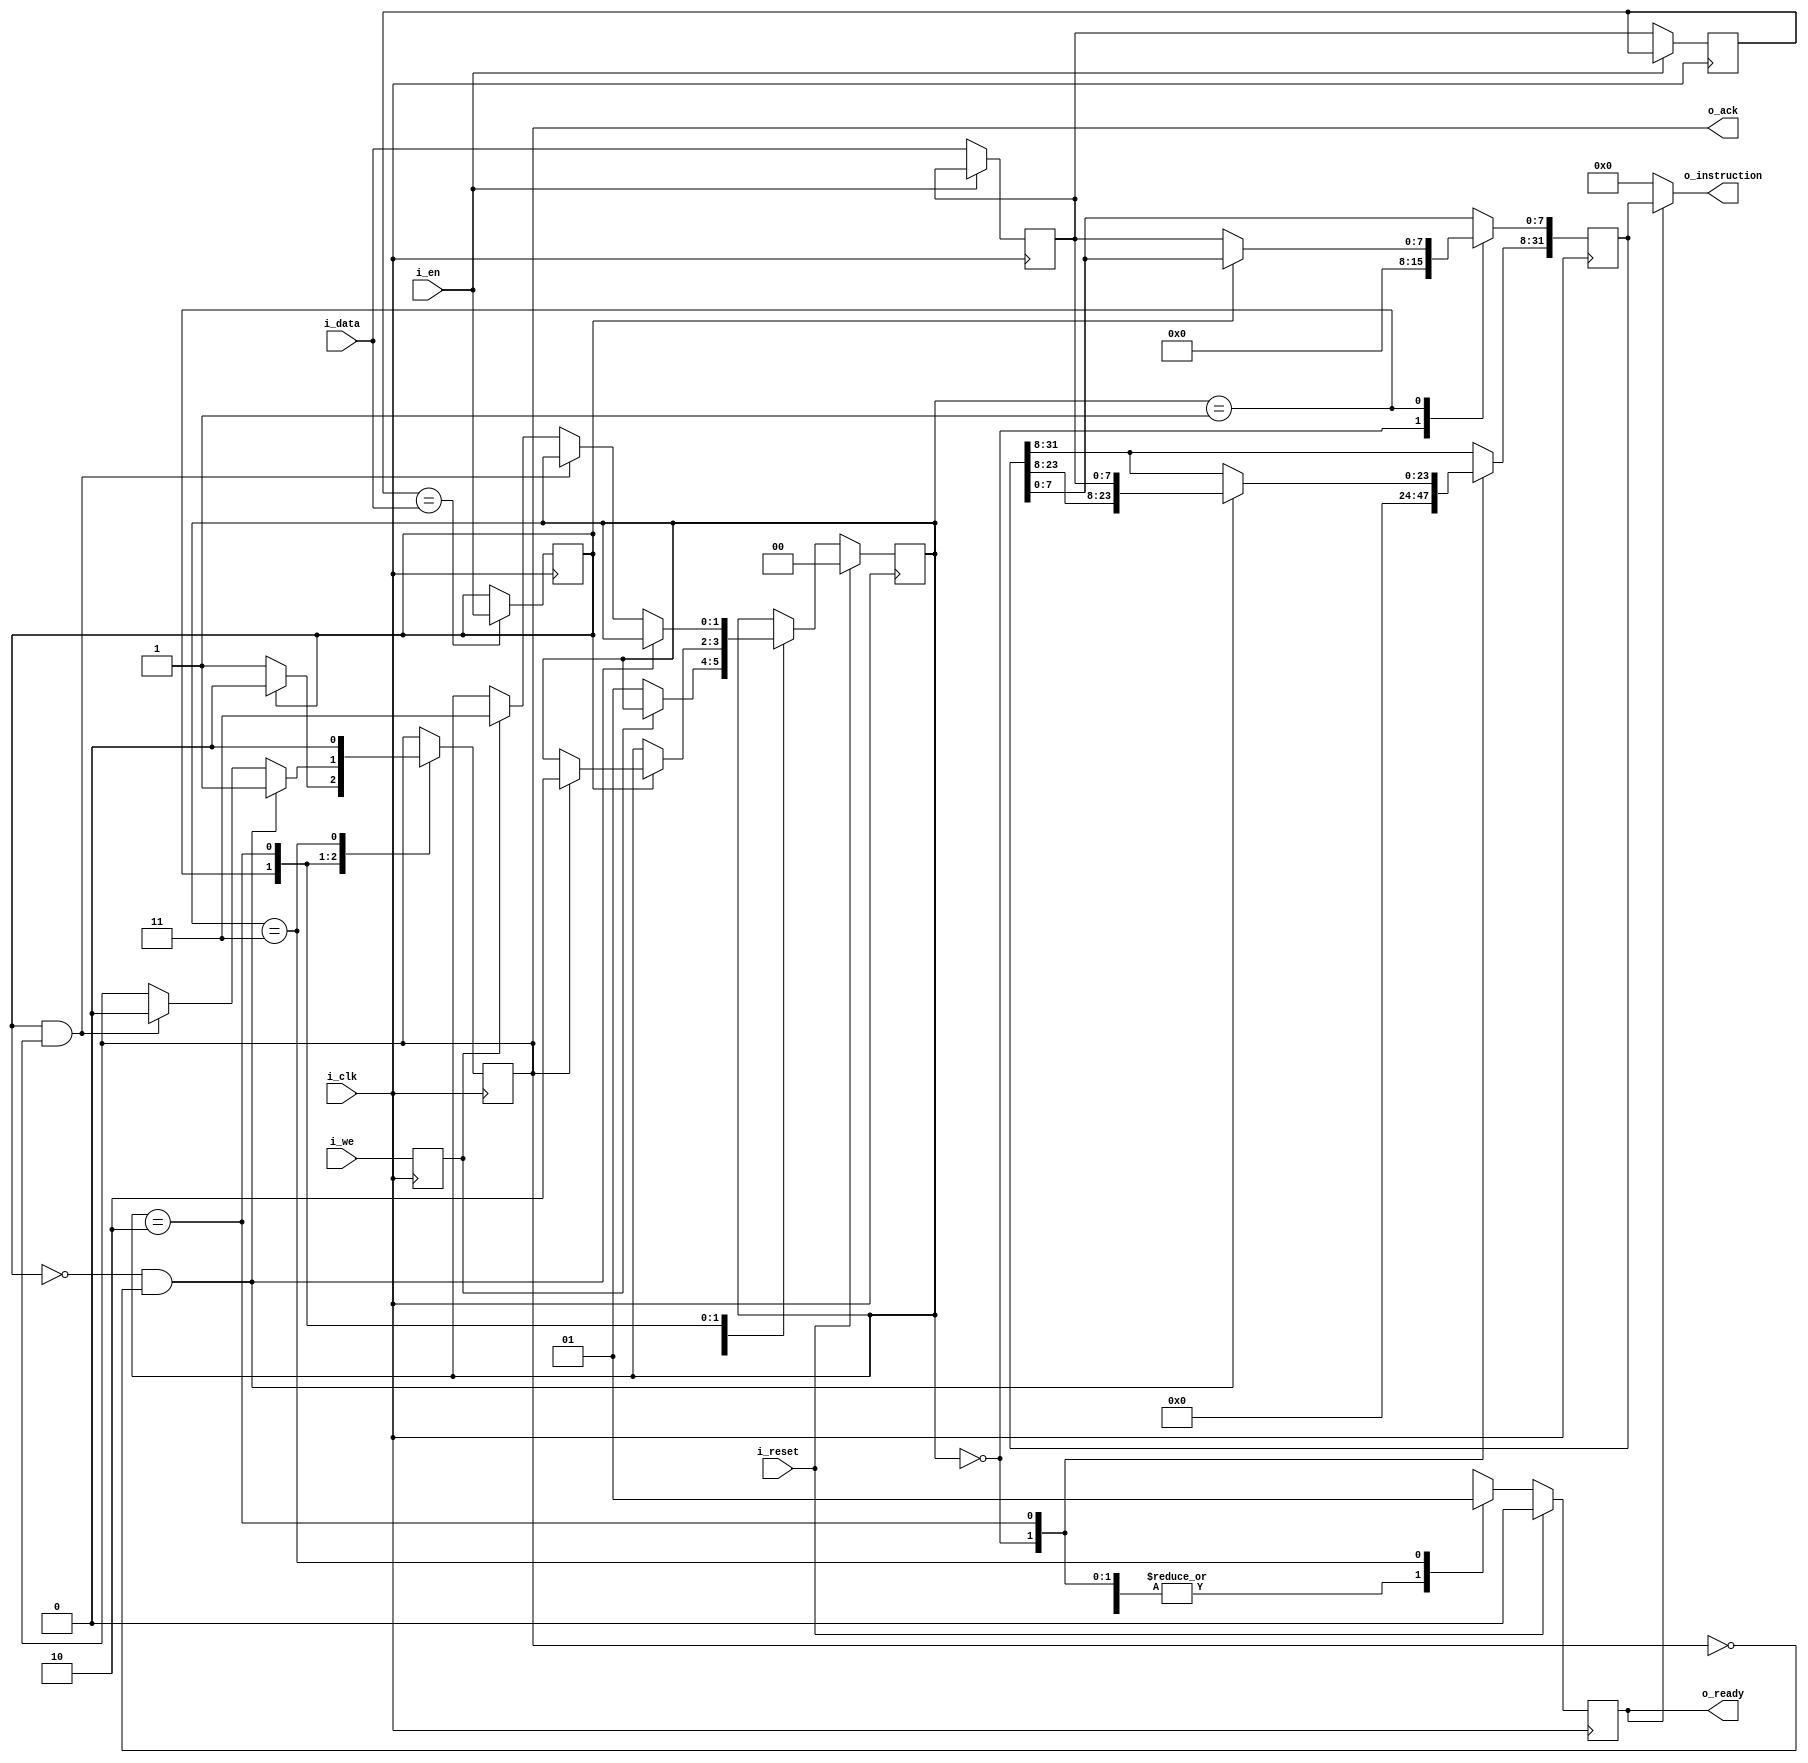
`default_nettype none

module instruction_buffer(i_clk, i_reset, i_we, i_en, i_data, o_ack, o_instruction, o_ready);
	input wire i_clk;
	input wire i_reset;
	input wire [7:0] i_data;
	input wire i_we;
	input wire i_en;
	output reg o_ack;
	output wire [31:0] o_instruction;
	output reg o_ready;

	reg [31:0] buf_instruction_data;

	assign o_instruction[31:0] = o_ready ? buf_instruction_data[31:0] : 32'h0;

	initial buf_instruction_data = 32'h0;
	initial o_ready = 0;

	reg [7:0] local_input;
	reg [7:0] local_prev_input;
	reg local_en;
	reg local_we;

	always @(posedge i_clk) begin
		local_we <= i_we;
		local_en <= (local_prev_input[7:0] == i_data[7:0]) ? i_en : local_en;
		if (!i_en) begin
			local_prev_input[7:0] <= local_input[7:0];
			local_input[7:0] <= i_data[7:0];
		end
	end

	reg [1:0] buf_state;
	localparam [1:0] WAITING = 2'h0,
		READING_INSTRUCTION = 2'h1,
		READING_ARGS = 2'h2,
		READY = 2'h3;
	initial buf_state = WAITING;

	always @(posedge i_clk) begin
		case (buf_state)
		WAITING: begin
			o_ready <= 1'b0;
			buf_instruction_data[31:0] <= 32'h0;
			if (!local_we) buf_state <= READING_INSTRUCTION;
		end
		READING_INSTRUCTION: begin
			o_ready <= 1'b0;
			if (!local_en) begin
				o_ack <= 1'b1;
				buf_instruction_data [7:0] <= local_input[7:0];
			end else if (o_ack) begin 
				buf_state <= READING_ARGS;
				o_ack <= 1'b0;
			end
		end
		READING_ARGS: begin
			o_ready <= 1'b0;
			if (!local_en && !o_ack) begin
				buf_instruction_data [31:8] <= {buf_instruction_data[23:8], local_input[7:0]};
				o_ack <= 1'b1;
			end else if (local_en && o_ack) begin
				o_ack <= 1'b0;
			end else if (local_we) buf_state <= READY;
		end
		READY: begin
			o_ready <= 1'b1;
			o_ack <= 1'b0;
		end
		default:;
		endcase
		if (i_reset) begin
			 buf_state <= WAITING;
			 o_ready <= 1'b0;
		end
	end


`ifdef	FORMAL
	reg	f_past_valid;
	initial	f_past_valid = 1'b0;
	always @(posedge i_clk)
		f_past_valid <= 1'b1;

	always @(posedge i_clk)
		if (f_past_valid && o_ack) assume(!local_en);

	always @(posedge i_clk)
		if (f_past_valid && o_ack) assert(!local_we && !local_en);

	always @(posedge i_clk)
		if (local_we) assume(local_en);

	always @(posedge i_clk)
		if (o_ready) assume(local_en && local_we);

	always @(posedge i_clk)
		if (f_past_valid && local_we)
			assume(o_ready);

	always @(posedge i_clk)
		cover(o_ready);

	always @(posedge i_clk)
		cover(!o_ready);


`endif
endmodule